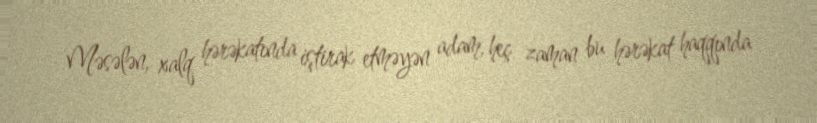
Məsələn, xalq hərəkatında iştirak etməyən adam, heç zaman bu hərəkat haqqında